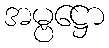
အမ္ဗဋ္ဌော